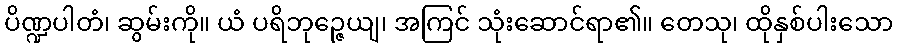
ပိဏ္ဍပါတံ၊ ဆွမ်းကို။ ယံ ပရိဘုဉ္ဇေယျ၊ အကြင် သုံးဆောင်ရာ၏။ တေသု၊ ထိုနှစ်ပါးသော